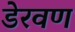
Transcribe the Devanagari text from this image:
डेरवण